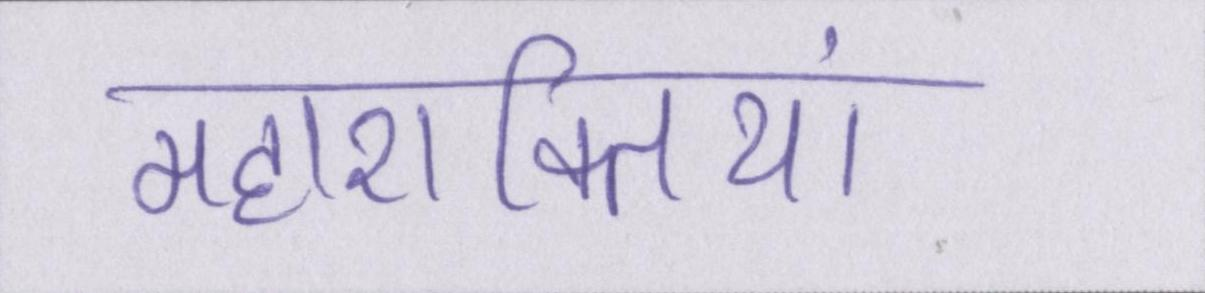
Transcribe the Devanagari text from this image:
महाशक्तियां